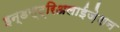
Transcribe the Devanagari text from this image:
इन्डस्ट्रिअलाईज़ेशन